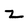
Character: z